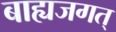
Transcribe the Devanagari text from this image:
बाह्यजगत्